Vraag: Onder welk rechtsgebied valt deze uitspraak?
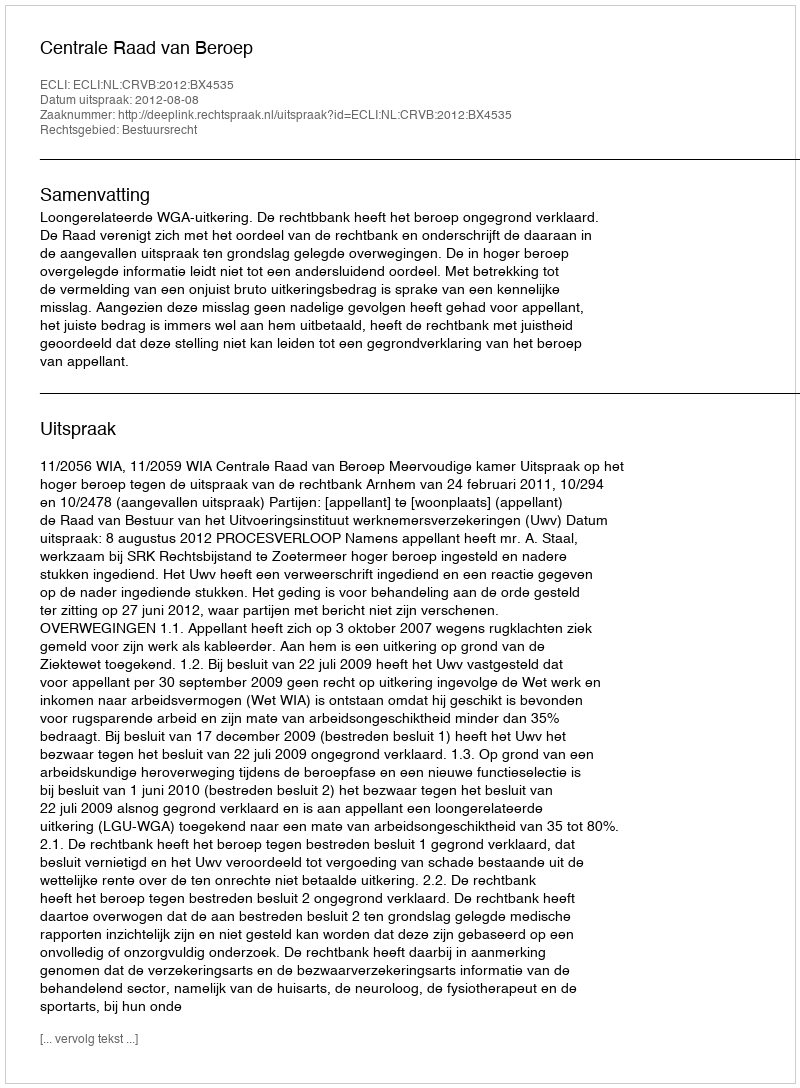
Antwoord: Bestuursrecht